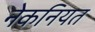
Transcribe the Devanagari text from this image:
नेकनियत